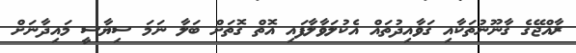
ރާއްޖޭގެ ގާނޫނުތަކާއި ގަވާއިދުތައް އެކުލަވާލާފައި އޮތް ގޮތަށް ބަލާ ނަމަ ސިޔާސީ މައިދާނަށް